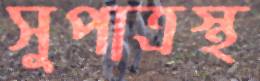
সুপাত্রস্থ